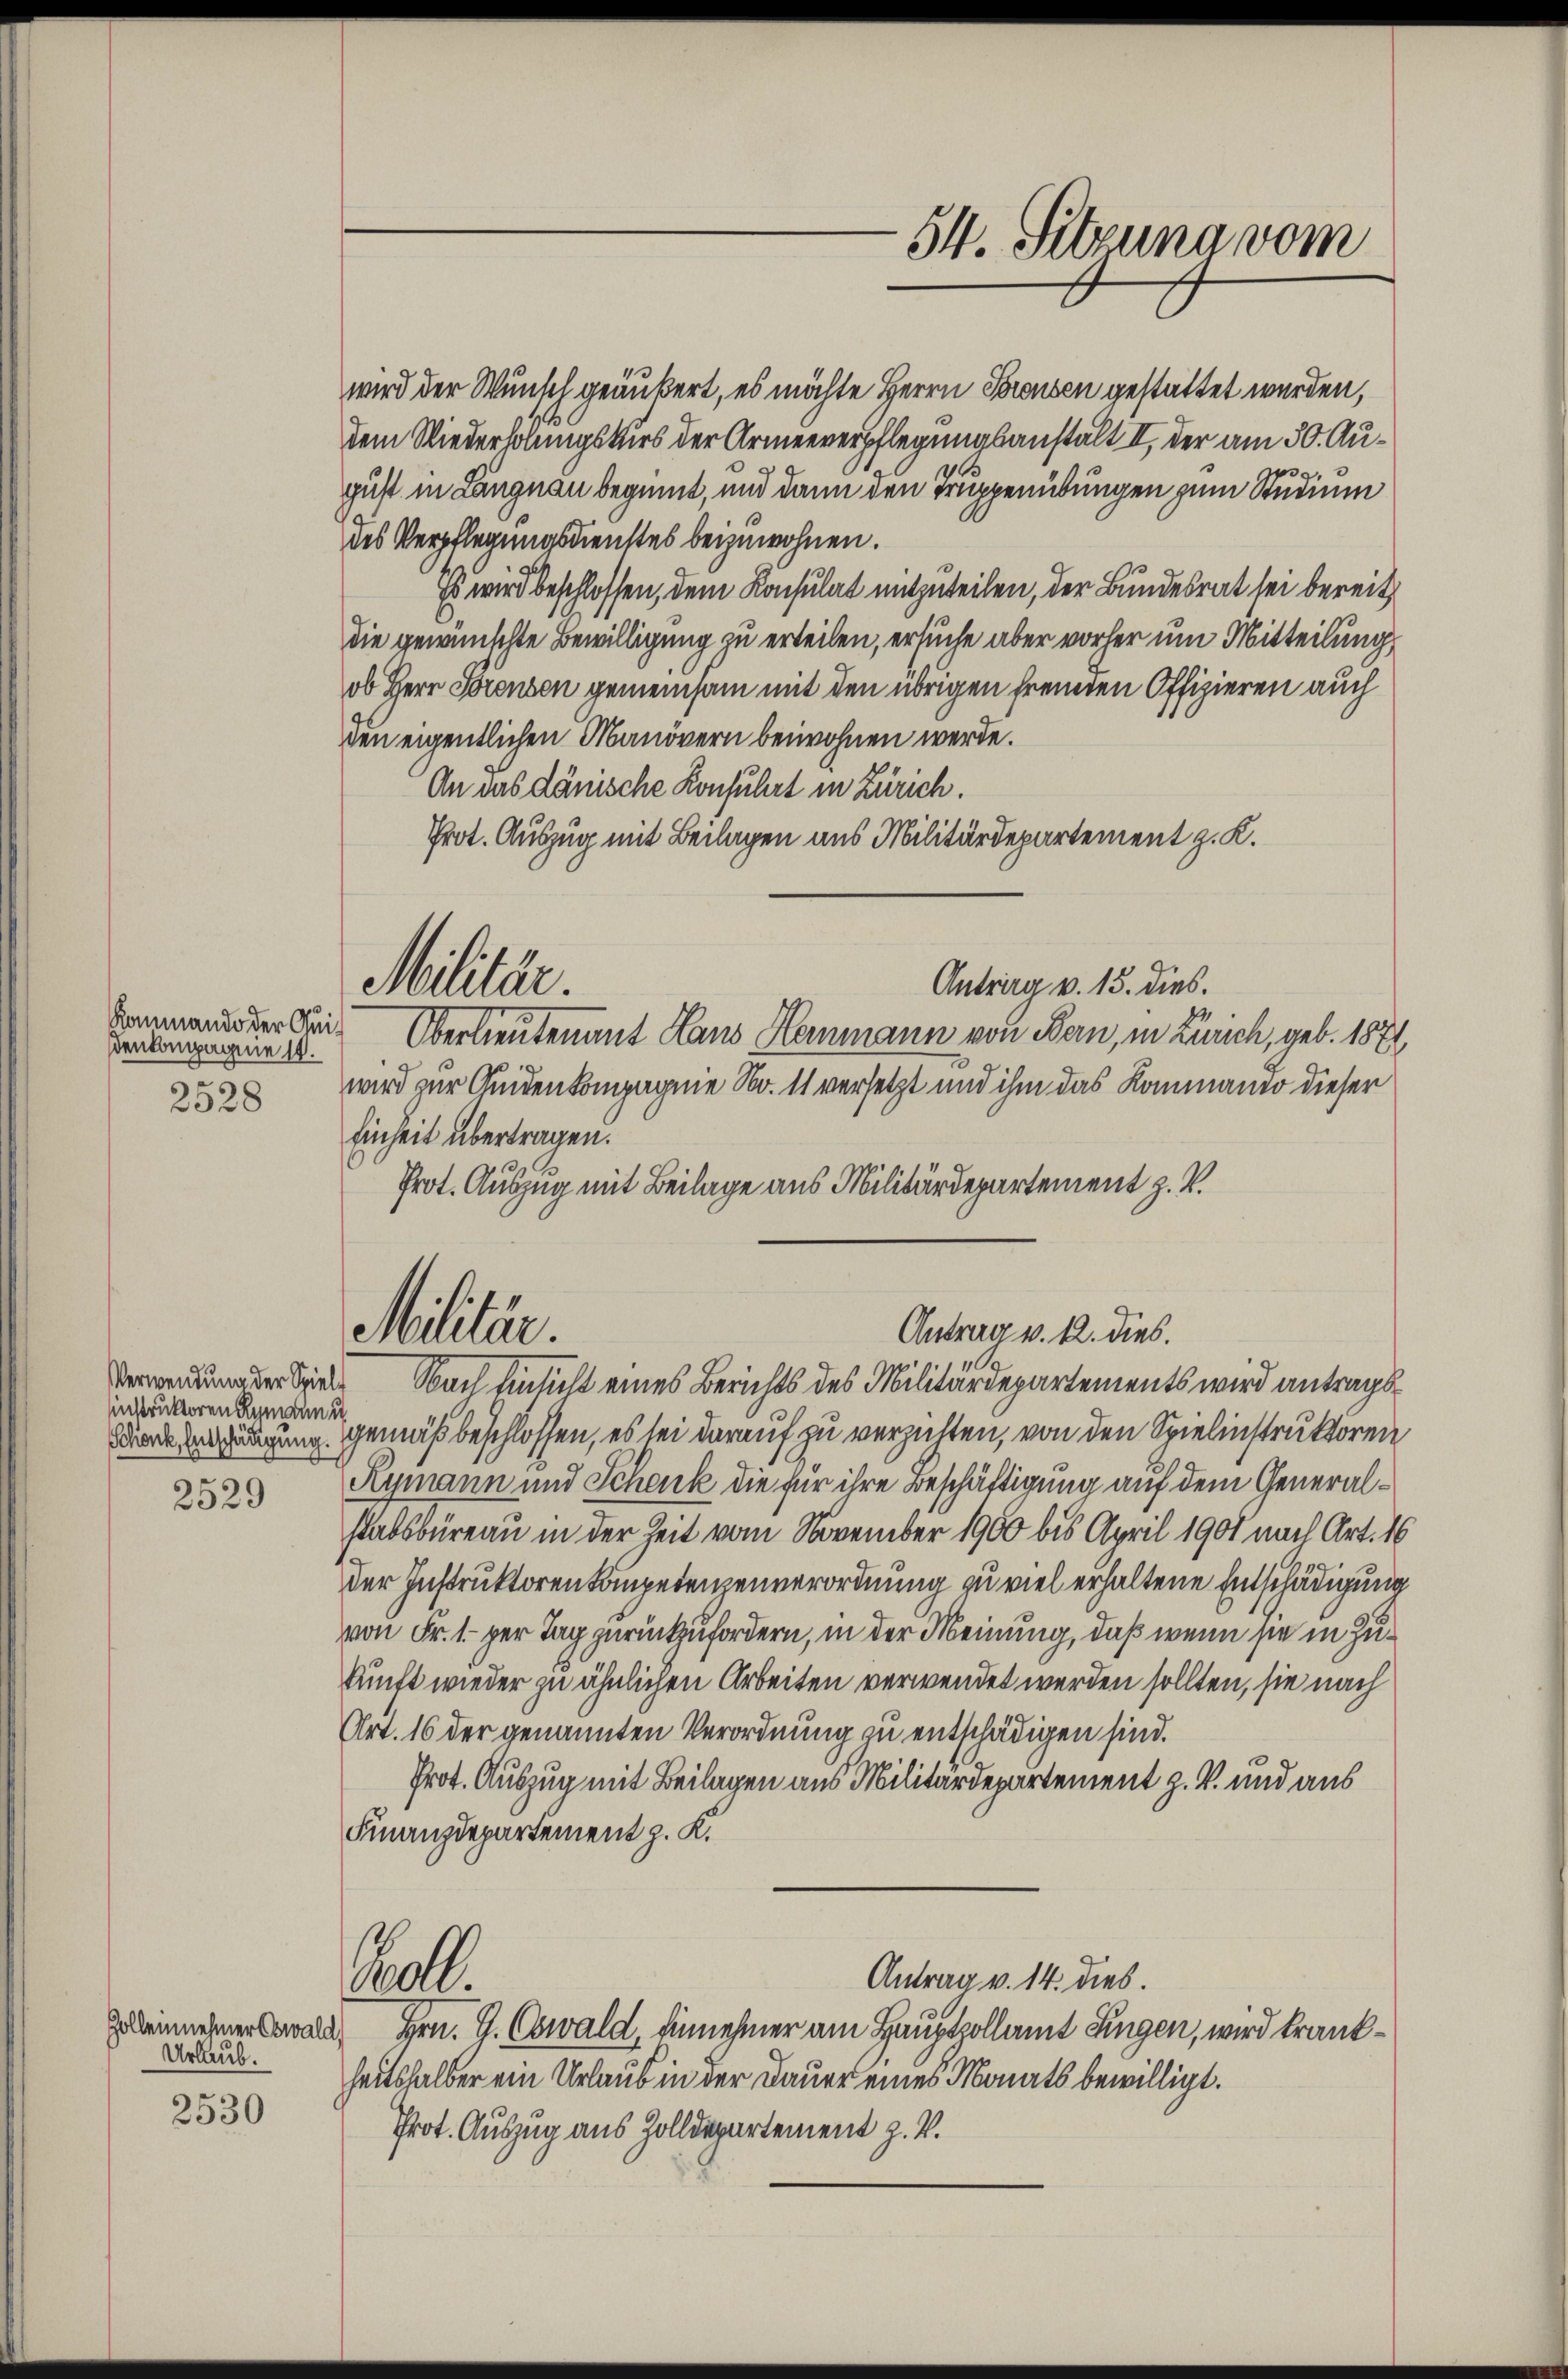
Kommando der Quidenkompagnie 14.
¬
2328

Verwendung der Spiele
instruktoren Rymann u.

2529

Urlaub.

2530

wird der Wunsch geäußert, es möchte Herrn Poronsen gestattet werden,
dem Wiederholungskurs der Armenverpflegungsanstalt II, der am 30. August in Langnau beginnt, und dann den Truppenübungen zum Studium
des Verpflegungsdienstes beizuwohnen.
Es wird beschlossen, dem Konsulat mitzuteilen, der Bundesrat sei bereit
die gewünschte Bewilligung zu erteilen, ersuche aber vorher um Mitteilung
ob Herr Torenvon gemeinsam mit den übrigen fremden Offizieren auch
den eigentlichen Manövern beiwohnen werde.
An das dänische Konfuhrt in Zürich.
Prot. Auszug mit Beilagen aus Militärdepartement z. K.
Oberlieutenant Haus Hermann von Bern, in Zürich, geb. 1871
wird zur Quidenkompagnie No. 11 versetzt und ihm das Lammando dieser
Einheit übertragen.
Prot. Auszug mit Beilage aus Militärdepartement z. B.
Militär
Antrag v. R. dies.
2
Nach hinsicht eines Berichts des Militärdepartements wird antragsdende Vergnügung gemäß beschlossen, es sei darauf zu verzichten, von den Spielinstruktoren
Rymann und Schenk die für ihre Beschäftigung auf dem Generalstabsbureau in der Zeit vom November 1900 bis April 1901 nach Art. 16
der Instruktoren kompetenzenverordnung zu viel erhaltene Entschädigung
von Fr. 1. per Tag zurückzufordern, in der Meinung, daß wenn sie in Zukunft wieder zu ähnlichen Arbeiten verwendet werden sollten, sie nach
Art. 16 der genannten Verordnung zu entschädigen sind.
Prot. Auszug mit Beilagen aus Militärdepartement z. V. und aus
Finanzdepartement z. K.
ell.
Antrag v. 14. dies.
Zuleinnehmen Cawald, Hrn. G. Oswald, Einnehmer am Hauptzollamt Singen, wird krankheitshalber ein Urlaub in der Dauer eines Monats bewilligt.
Prot. Auszug aus Zolldepartement z. B.

Militär.

54. Sitzuna vom

Antrag v. 15. dies.